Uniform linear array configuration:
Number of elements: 32
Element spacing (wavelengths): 1
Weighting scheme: blackman
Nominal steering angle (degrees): -15
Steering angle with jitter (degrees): -16.659
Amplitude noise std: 0.05
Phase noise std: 0.05

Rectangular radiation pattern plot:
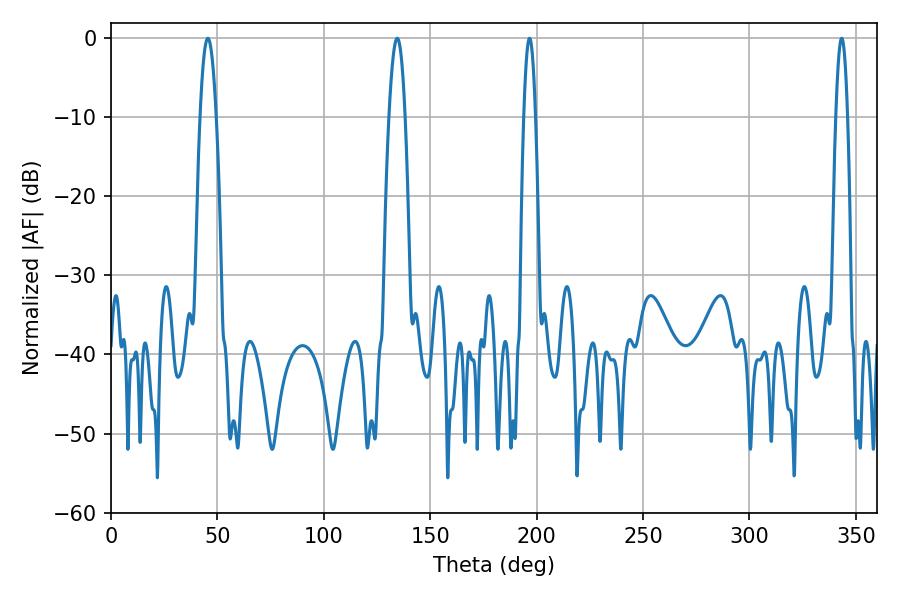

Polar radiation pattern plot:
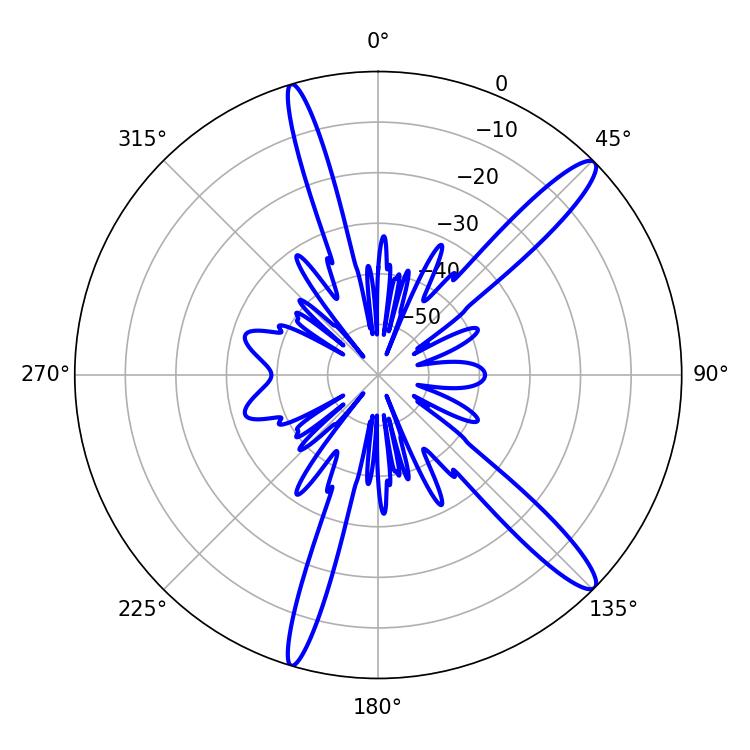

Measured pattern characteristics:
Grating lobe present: TRUE
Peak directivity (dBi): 14.008
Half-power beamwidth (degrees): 3.96
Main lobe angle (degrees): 45.54